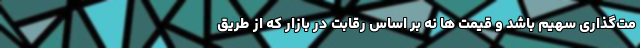
مت‌گذاری سهیم باشد و قیمت ها نه بر اساس رقابت در بازار که از طریق